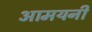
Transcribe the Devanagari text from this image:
आमयनी